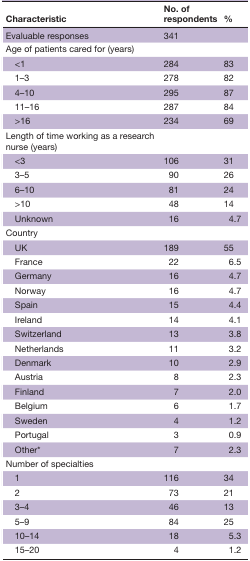
<table><thead><tr><td><b>Characteristic</b></td><td><b>No. of respondents</b></td><td><b>%</b></td></tr></thead><tbody><tr><td>Evaluable responses</td><td>341</td><td>[EMPTY_CELL]</td></tr><tr><td>Age of patients cared for (years)</td><td>[EMPTY_CELL]</td><td>[EMPTY_CELL]</td></tr><tr><td> &lt;1</td><td>284</td><td>83</td></tr><tr><td> 1–3</td><td>278</td><td>82</td></tr><tr><td> 4–10</td><td>295</td><td>87</td></tr><tr><td> 11–16</td><td>287</td><td>84</td></tr><tr><td> &gt;16</td><td>234</td><td>69</td></tr><tr><td>Length of time working as a research nurse (years)</td><td>[EMPTY_CELL]</td><td>[EMPTY_CELL]</td></tr><tr><td> &lt;3</td><td>106</td><td>31</td></tr><tr><td> 3–5</td><td>90</td><td>26</td></tr><tr><td> 6–10</td><td>81</td><td>24</td></tr><tr><td> &gt;10</td><td>48</td><td>14</td></tr><tr><td> Unknown</td><td>16</td><td>4.7</td></tr><tr><td>Country</td><td>[EMPTY_CELL]</td><td>[EMPTY_CELL]</td></tr><tr><td> UK</td><td>189</td><td>55</td></tr><tr><td> France</td><td>22</td><td>6.5</td></tr><tr><td> Germany</td><td>16</td><td>4.7</td></tr><tr><td> Norway</td><td>16</td><td>4.7</td></tr><tr><td> Spain</td><td>15</td><td>4.4</td></tr><tr><td> Ireland</td><td>14</td><td>4.1</td></tr><tr><td> Switzerland</td><td>13</td><td>3.8</td></tr><tr><td> Netherlands</td><td>11</td><td>3.2</td></tr><tr><td> Denmark</td><td>10</td><td>2.9</td></tr><tr><td> Austria</td><td>8</td><td>2.3</td></tr><tr><td> Finland</td><td>7</td><td>2.0</td></tr><tr><td> Belgium</td><td>6</td><td>1.7</td></tr><tr><td> Sweden</td><td>4</td><td>1.2</td></tr><tr><td> Portugal</td><td>3</td><td>0.9</td></tr><tr><td> Other*</td><td>7</td><td>2.3</td></tr><tr><td>Number of specialties</td><td>[EMPTY_CELL]</td><td>[EMPTY_CELL]</td></tr><tr><td> 1</td><td>116</td><td>34</td></tr><tr><td> 2</td><td>73</td><td>21</td></tr><tr><td> 3–4</td><td>46</td><td>13</td></tr><tr><td> 5–9</td><td>84</td><td>25</td></tr><tr><td> 10–14</td><td>18</td><td>5.3</td></tr><tr><td> 15–20</td><td>4</td><td>1.2</td></tr></tbody></table>